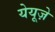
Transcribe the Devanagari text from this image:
येयूज़े